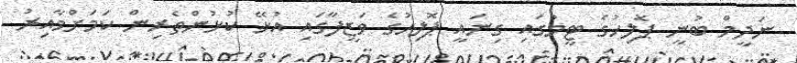
ނަދީމް ބުނީ ޕޮލިހުގެ ޓީމުގައި ގިނައީ ޕޮލިހުގެ ވަޒީފާގައި އުޅޭ ކުޅުންތެރިން ކަމަށްވާއިރު